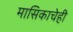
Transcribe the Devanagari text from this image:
मासिकाचेही